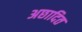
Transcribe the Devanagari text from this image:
अछादित